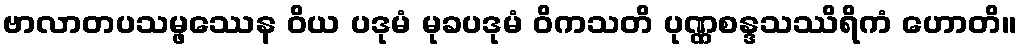
ဗာလာတပသမ္ဖဿေန ဝိယ ပဒုမံ မုခပဒုမံ ဝိကသတိ ပုဏ္ဏစန္ဒသဿိရိကံ ဟောတိ။